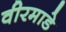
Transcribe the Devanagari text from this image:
वीरमाडे